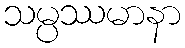
သမ္ပဿမာနာ